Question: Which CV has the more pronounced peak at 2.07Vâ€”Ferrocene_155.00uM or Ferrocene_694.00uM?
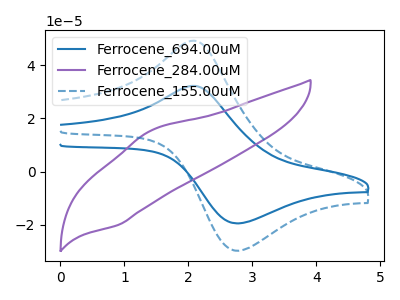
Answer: <think>The blue curve "Ferrocene_694.00uM" has an anodic peak at (2.05V, 32.30uA) and a cathodic peak at (2.80V, -19.60uA). The purple curve "Ferrocene_284.00uM" has an anodic peak at (1.40V, 15.30uA) and a cathodic peak at (0.90V, -20.15uA). The blue dashed curve "Ferrocene_155.00uM" has an anodic peak at (2.05V, 49.35uA) and a cathodic peak at (2.80V, -29.90uA).</think>
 <answer>The peak at 2.07V is higher in "Ferrocene_155.00uM" than in "Ferrocene_694.00uM".</answer>
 <eval>higher</eval>